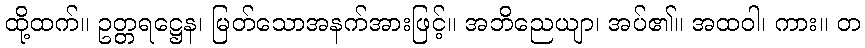
ထို့ထက်။ ဥတ္တရဋ္ဌေန၊ မြတ်သောအနက်အားဖြင့်။ အဘိညေယျာ၊ အပ်၏။ အထဝါ၊ ကား။ တ